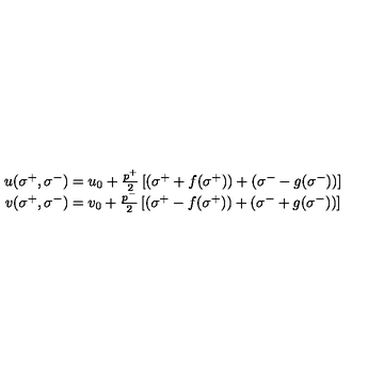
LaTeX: \begin{array} { c } { u ( \sigma ^ { + } , \sigma ^ { - } ) = u _ { 0 } + \frac { p ^ { + } } 2 \left[ ( \sigma ^ { + } + f ( \sigma ^ { + } ) ) + ( \sigma ^ { - } - g ( \sigma ^ { - } ) ) \right] } \\ { v ( \sigma ^ { + } , \sigma ^ { - } ) = v _ { 0 } + \frac { p ^ { - } } 2 \left[ ( \sigma ^ { + } - f ( \sigma ^ { + } ) ) + ( \sigma ^ { - } + g ( \sigma ^ { - } ) ) \right] } \\ \end{array}